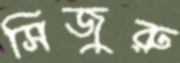
সিজুরু